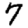
Digit: 7